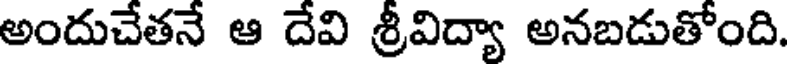
అందుచేతనే ఆ దేవి శ్రీవిద్యా అనబడుతోంది.